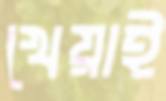
খেয়াই